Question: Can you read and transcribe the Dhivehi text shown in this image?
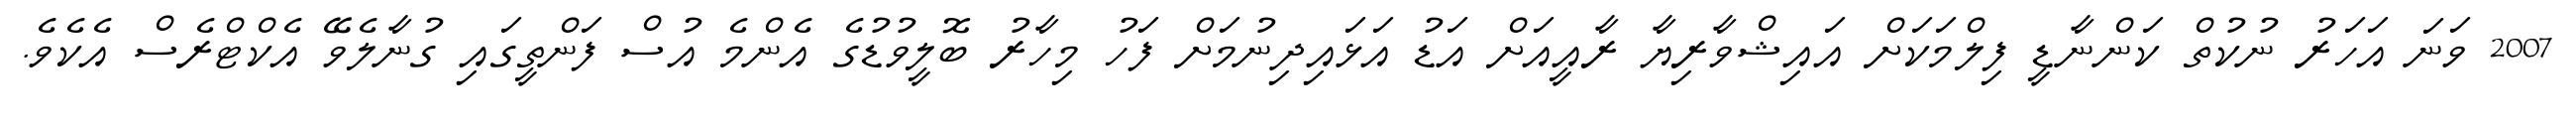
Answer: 2007 ވަނަ އަހަރު ނުކުތް ކަންނާޑީ ފިލްމަކަށް އައިޝްވާރިޔާ ރާއީއަށް އަޑު އަޅައިދިނުމަށް ފަހު މިހާރު ބޮލީވުޑުގެ އެންމެ އުސް ފަންތީގައި ގުނާލެވޭ އެކްޓްރެސް އެކެވެ.